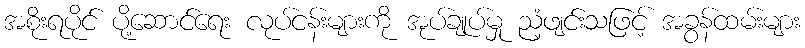
အစိုးရပိုင် ပို့ဆောင်ရေး လုပ်ငန်းများကို အုပ်ချုပ်မှု ညံ့ဖျင်းသဖြင့် အခွန်ထမ်းများ